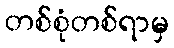
တစ်စုံတစ်ရာမှ